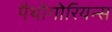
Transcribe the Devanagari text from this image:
पैथोगोरियन्स